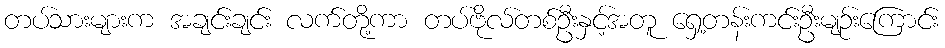
တပ်သားများက အချင်းချင်း လက်တို့ကာ တပ်ဗိုလ်တစ်ဦးနှင့်အတူ ရှေ့တန်းကင်းဦးမျဉ်းကြောင်း